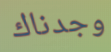
وجدناك